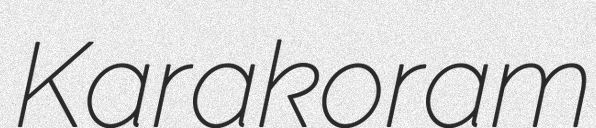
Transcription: Karakoram